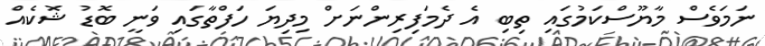
ނަމަވެސް މާޔޫސްކަމުގައި ތިބި އެ ދެމަފިރިންނަށް މިދިޔަ ހަފްތާގައި ވަނީ ބޮޑު ޝޮކެއް